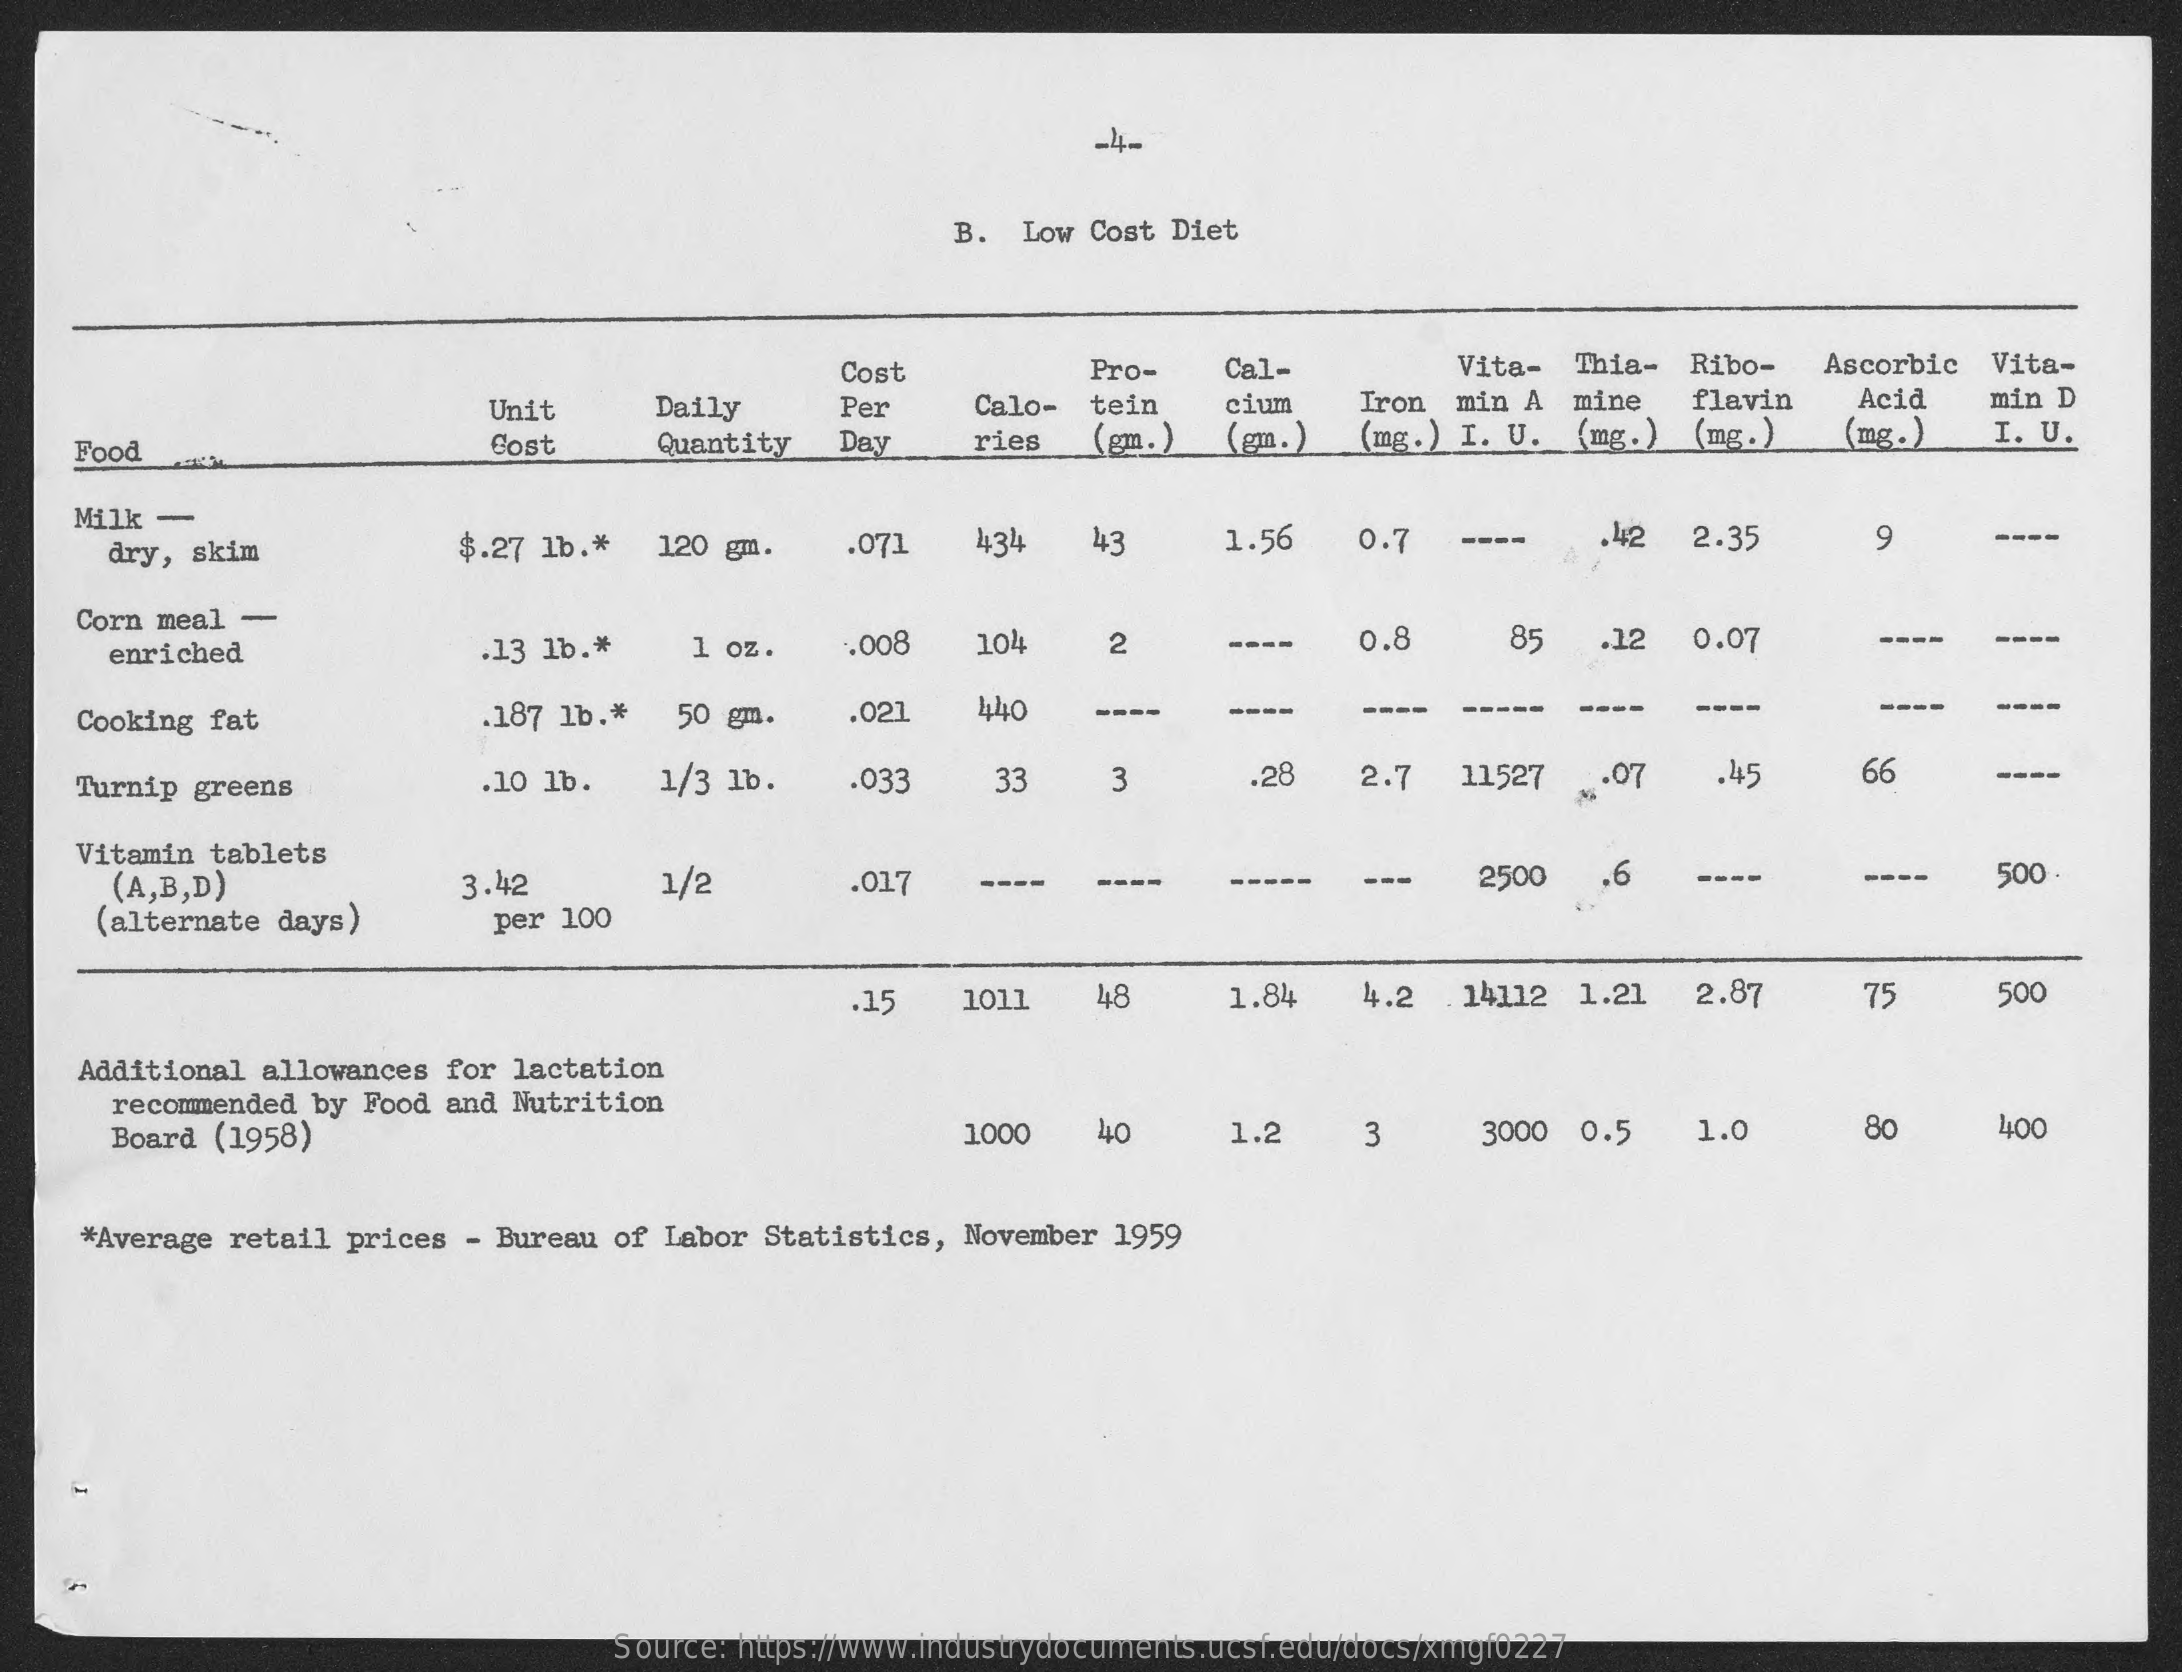
-4-
     B. Low Cost Diet
     Cost    Pro- Cal-    Vita- Thia- Ribo- Ascorbic Vita-
     Unit   Daily  Per  Calo- tein cium Iron min A mine flavin Acid min D
   Food    Cost   Quantity Day ries (gm.) (gm. ) (mg. ) I. U. (mg. ) (mg.) (mg. ) I. U. (mg.) (mg . ) (mg.) I. U.
   Milk -
     dry, skim    $.27 1b .* 120 gm. .071 434 43 1.56 0.7 ----  42 2.35   9
   Corn meal -
     enriched    .13 1b .* 1 oz. .008 104 2    0.8   85 .12 0.07   ----
   Cooking fat    .187 1b .* 50 gm. .021    ----
   Turnip greens    .10 1b. 1/3 1b. .033 33  3    .28  2.7 11527 .07 .45   66
    Vitamin tablets
     (A,B,D)    3.42    1/2    .017    2500 .6    500
    (alternate days) per 100
     15  1011 48   1.84  4.2 .14112 1.21 2.87 75  500
    Additional allowances for lactation
     recommended by Food and Nutrition
     Board (1958)    1000 40   1.2   3    3000 0.5 1.0   80   400
    *Average retail prices - Bureau of Labor Statistics, November 1959
     Source: https://www.industrydocuments.ucsf.edu/docs/xmgf0227